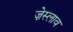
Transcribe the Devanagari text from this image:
ज़ेस्लाव